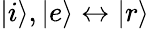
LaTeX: \vert i\rangle,\vert e\rangle\leftrightarrow\vert r\rangle